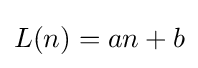
L(n)=an+b